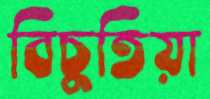
বিচুতিয়া